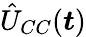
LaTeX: \hat{U}_{CC}(\boldsymbol{t})